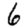
Digit: 6